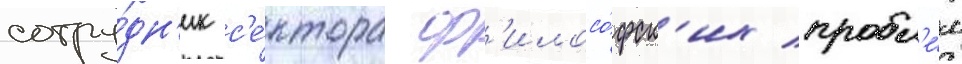
сотру́дн'ик с'е́ктора ф'илосо́фск'их пробл'е́м